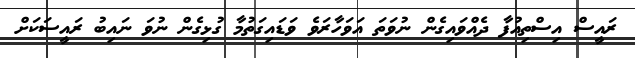
ރައީސް އިސްތިއުފާ ދެއްވައިގެން ނުވަތަ އަވަހާރަވެ ވަޑައިގަތުމާ ގުޅިގެން ނުވަ ނައިބު ރައީސަކަށް